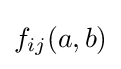
f_{ij}(a,b)